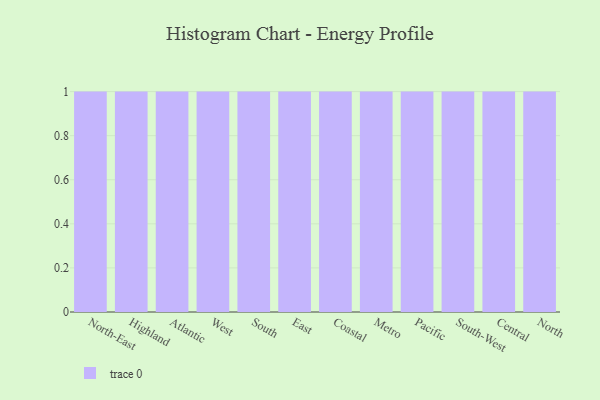
{"axis": {"x": "Region", "y": "Population (Million)"}, "legend": [""], "data": [{"x": "North-East", "y": 77, "type": ""}, {"x": "Highland", "y": 64, "type": ""}, {"x": "Atlantic", "y": 87, "type": ""}, {"x": "West", "y": 21, "type": ""}, {"x": "South", "y": 67, "type": ""}, {"x": "East", "y": 13, "type": ""}, {"x": "Coastal", "y": 30, "type": ""}, {"x": "Metro", "y": 40, "type": ""}, {"x": "Pacific", "y": 48, "type": ""}, {"x": "South-West", "y": 41, "type": ""}, {"x": "Central", "y": 43, "type": ""}, {"x": "North", "y": 16, "type": ""}]}